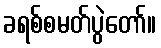
ခရစ်စမတ်ပွဲတော်။